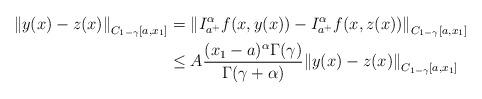
LaTeX: \begin{align*} {\|y(x)-z(x)\|}_{C_{1-\gamma}[a,x_1]}&={\|I_{a^+}^{\alpha}f(x,y(x))-I_{a^+}^{\alpha}f(x,z(x))\|}_{C_{1-\gamma}[a,x_1]}\\ &\leq A \frac{(x_1-a)^{\alpha}\Gamma(\gamma)}{\Gamma(\gamma+\alpha)} {\|y(x)-z(x)\|}_{C_{1-\gamma}[a,x_1]}\end{align*}